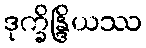
ဒုက္ခိန္ဒြိယဿ